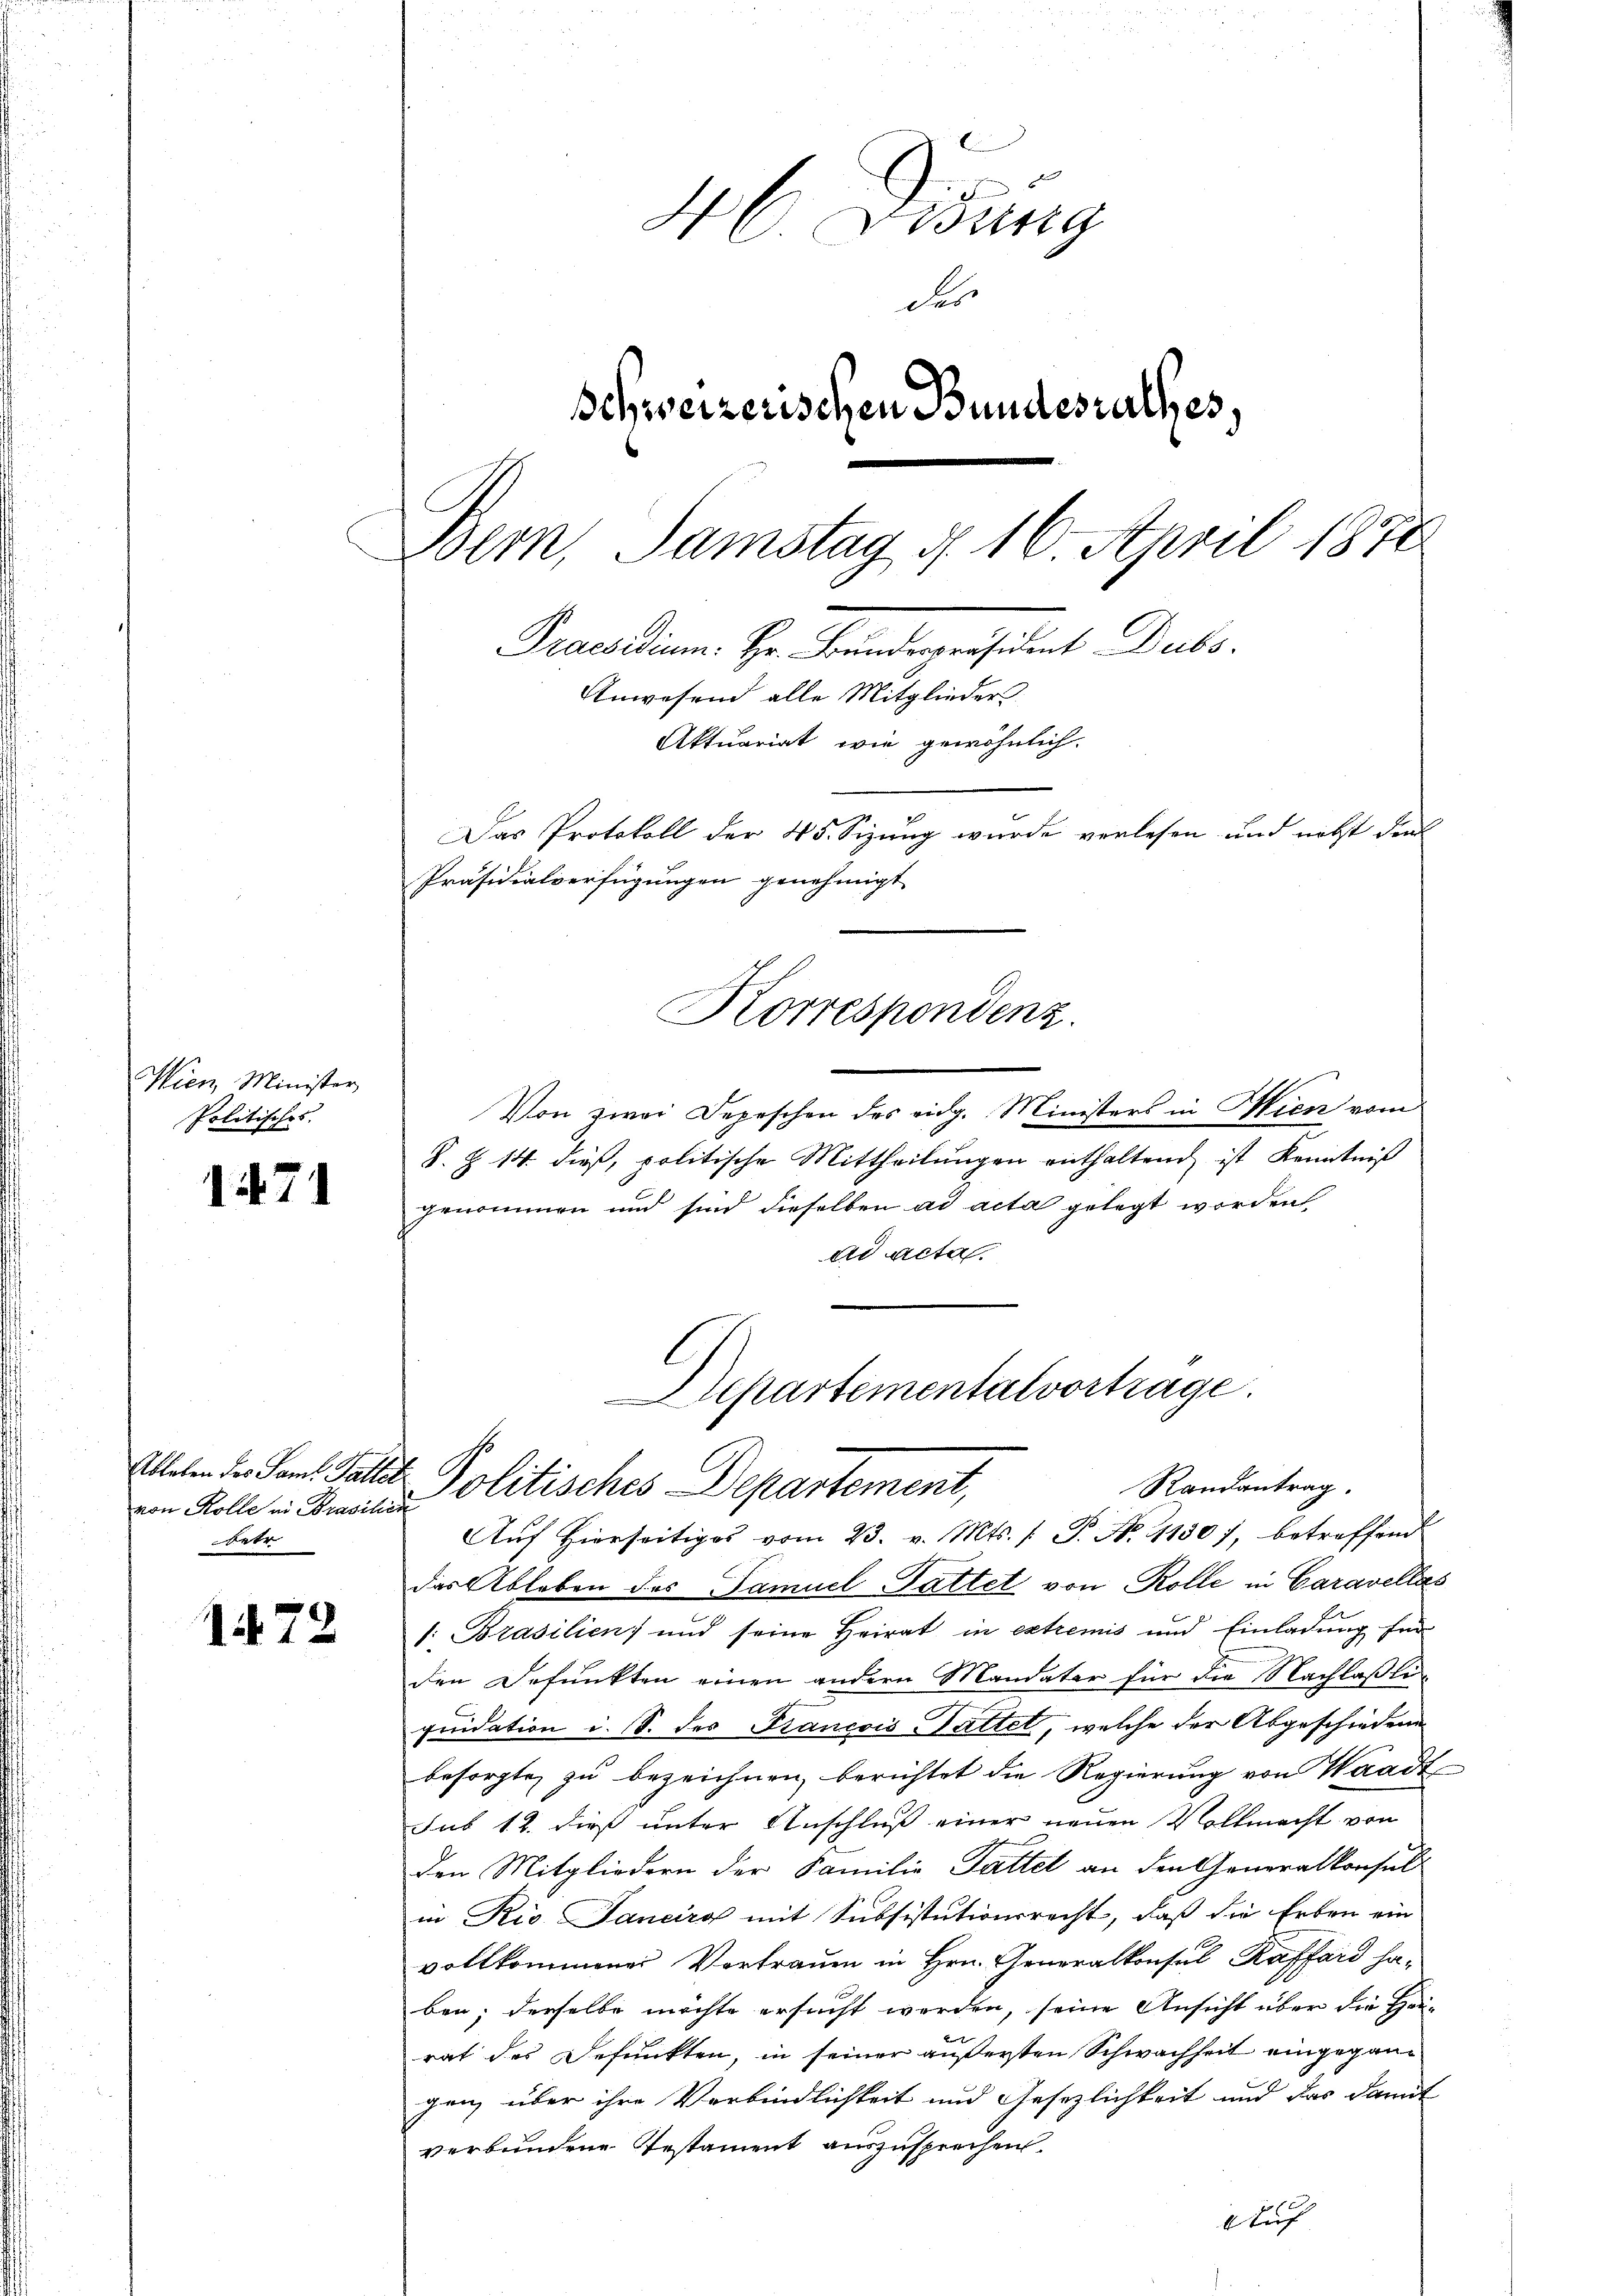
Wien, Minister
Politisches.

46 Disung
des
Schweizerischen Bundesrathes.
Bern, Samstag d. 16. April 1878
Praesidium. Hr. Bunderpräsident Dubs
Anwesend alle Mitglieder
Aktuariat wie gewöhnlich.
Das Protokoll der 45. Sizung wurde verlesen und nebst denk
Präsidialverfügungen genehmigt
Korrespondenz.

171

von Kolle in Brasilien
etr

1472

Von zwei Depeschen des eidg. Ministers in Wien vom
S. Z 14. dieß, politische Mittheilungen enthaltend ist Kenntniß
genommen und sind dieselben ad acta gelegt worden,
ad acta.
l

Departementalvortrage.
Ellelen des Pand. Gallite Politisches Departement,
Randantrag.
Aŭf Hierseitiges vom 23. v. Mts. /: P. Nr. 1130), betreffend

das Ableben des Samuel Sattet von Rolle in Caravellas
1. Brasilien) und seine Heirat in extremis und Einladung für
den Befunkten einen andern Mandater für die Nachlaßli
quidation i. S. des Francois Gattet, welche der Abgeschiedene
besorgte zu bezeichnen, berichtet die Regierung von Waadt
sub 18. dieß unter Anschluß einer neuen Vollmacht von
den Mitgliedern der Familie Gattet an den Generalkonsul
in Rio. Janeiro mit Subsistutionsrecht, daß die Erben ein
vollkommener Vortrauen in Hrn. Generalkonsul Kafferd ha-
ben; derselbe möchte ersucht werden, seine Ansicht über die Hei-
rat des Befunkten, in seiner äußersten Schwachheit eingegang
gen über ihre Verbindlichkeit und Gesezlichkeit und das Damit
verbundene Testament auszusprechen.
Auch